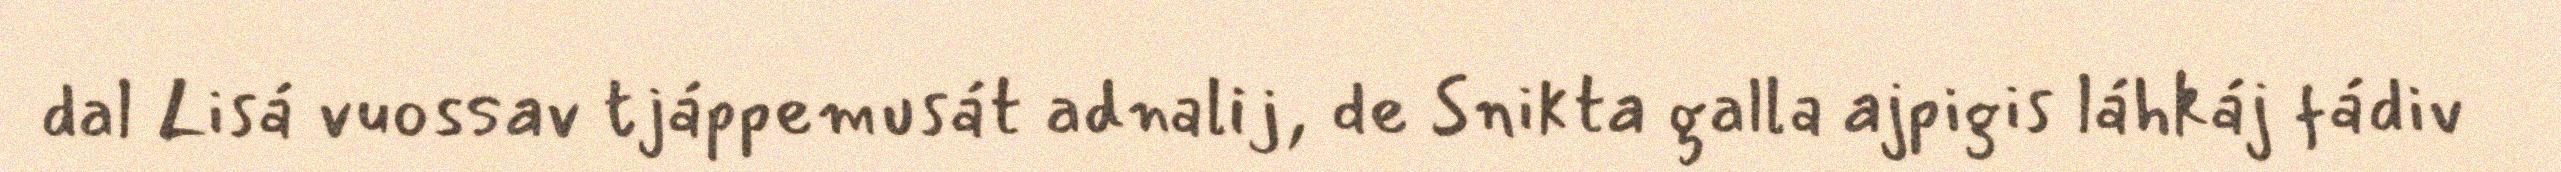
dal Lisá vuossav tjáppemusát adnalij, de Snikta galla ajpigis láhkáj fádiv